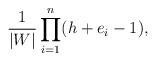
LaTeX: \begin{align*}\frac{1}{|W|} \prod_{i=1}^n(h + e_i - 1), \end{align*}